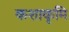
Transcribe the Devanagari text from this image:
कशाकृमि